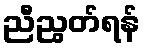
ညီညွတ်ရန်